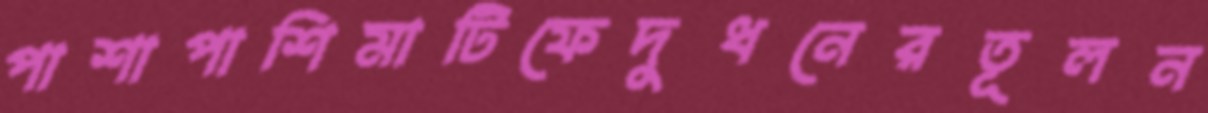
পাশাপাশিমাটিফেদুধনেরতূলন